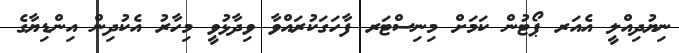
ނިޔުދިއްލީ އެއަރ ޕޯޓުން ކަމަށް މިނިސްޓަރ ފާހަގަކުރައްވާ ވިދާޅުވީ މިހާރު އެކުދިން އިންޑިޔާގެ